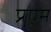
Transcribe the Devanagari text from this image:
प्रएम